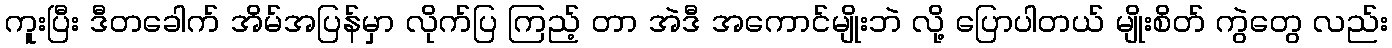
ကူးပြီး ဒီတခေါက် အိမ်အပြန်မှာ လိုက်ပြ ကြည့် တာ အဲဒီ အကောင်မျိုးဘဲ လို့ ပြောပါတယ် မျိုးစိတ် ကွဲတွေ လည်း